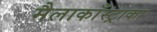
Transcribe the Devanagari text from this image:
मैलाकाँस्ट्राका